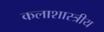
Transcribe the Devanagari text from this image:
कलाशास्त्रीय